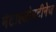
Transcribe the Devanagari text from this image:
मेटाल्लोप्रटीनेज